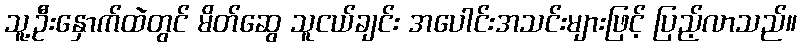
သူ့ဦးနှောက်ထဲတွင် မိတ်ဆွေ သူငယ်ချင်း အပေါင်းအသင်းများဖြင့် ပြည့်လာသည်။